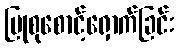
ပြုစုစောင့်ရှောက်ခြင်း